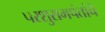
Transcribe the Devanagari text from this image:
परशुरामपंतांचे